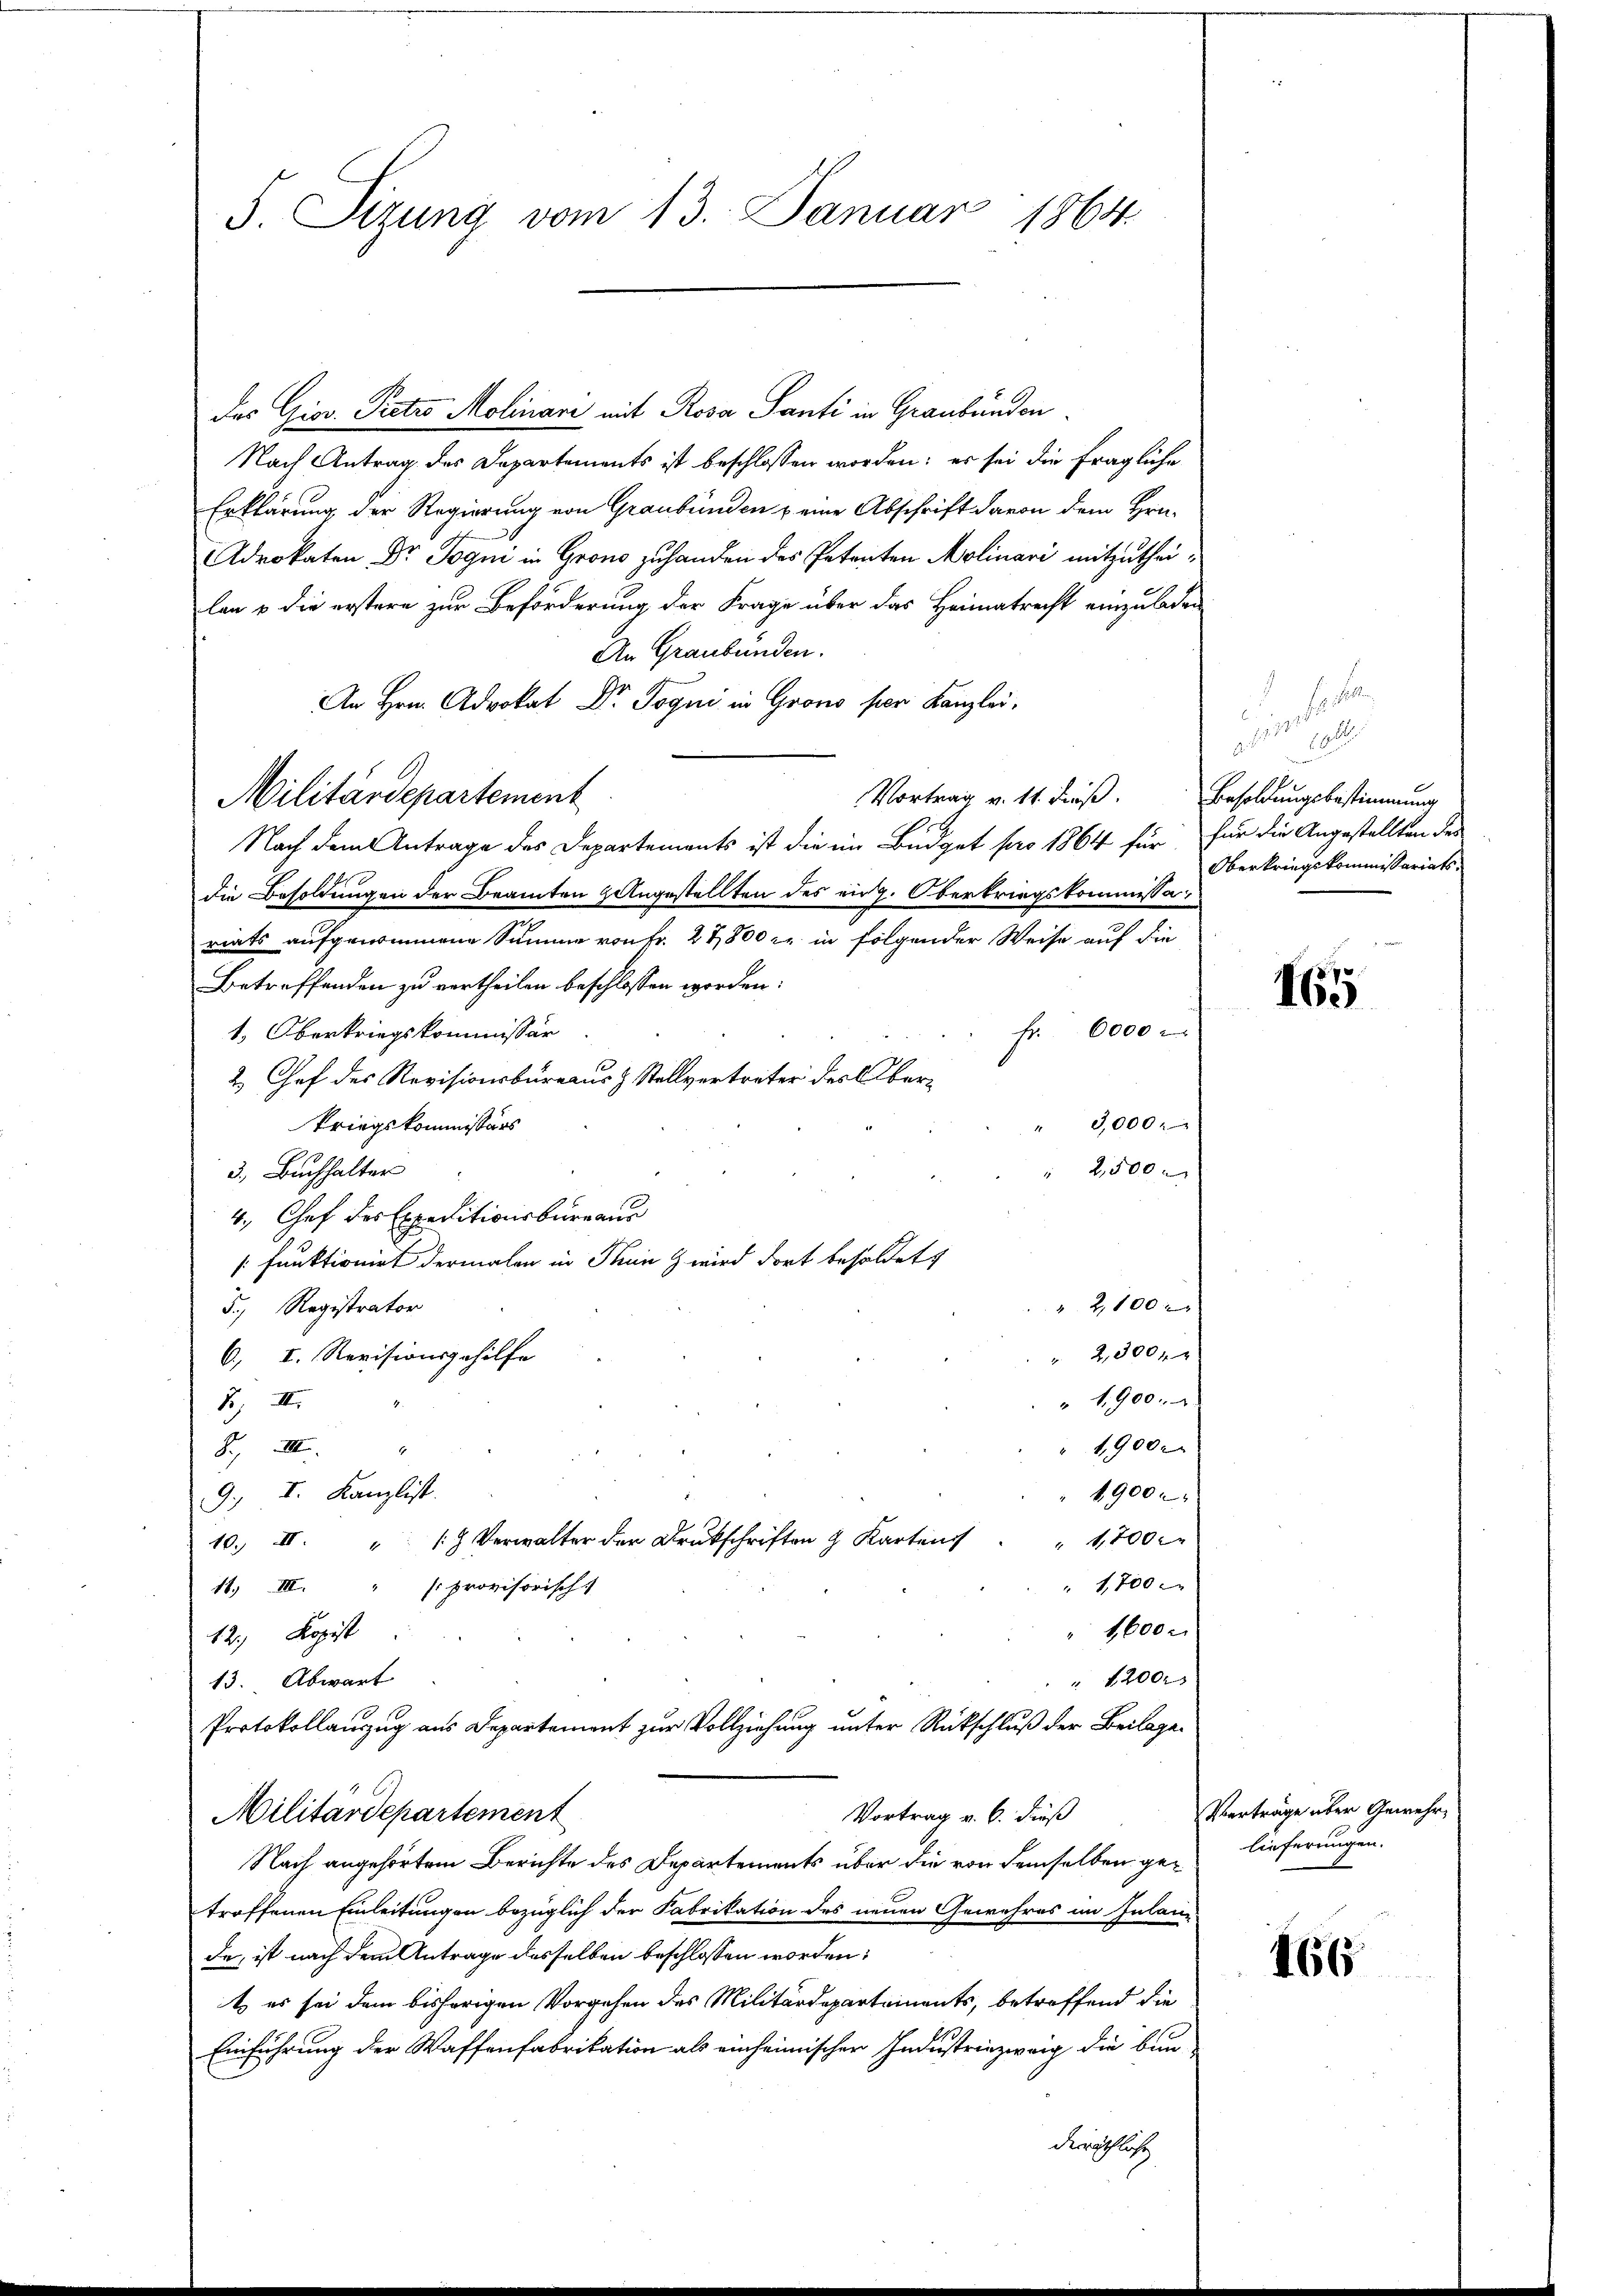
F. Sizung vom 13. Januar 1864

Das Giov. Pretro Molinari mit Rosa Santi in Graubünden
Nach Antrag des Departements ist beschlossen worden; es sei die fragliche
Erklärung der Regierung von Graubünden & eine Abschrift davon dem Hrn.
drokaten Dr. Jogni in Grono zuhanden des Petenten Molinari mitzutheilan & die erstere zur Beförderung der Frage über das Heimatrecht einzuladen
An Graubünden.
An Hrn. Advokat Dr. Joqui in Grono per Kanzlei,
Militärdepartement
Vortrag v. 14. dieß. Besoldungsbestimmung
Nach dem Antrage des Departements ist die im Büdget pro 1864 für für die Angestellten des
die Besoldungen der Beamten angestellten des eidg. Oberkriegskommissariats aufgenommene Summe von Fr. 27,800 c. in folgender Weise auf die
Betreffenden zu vertheilen beschlossen worden.
1. Oberkriegskommissär
Fr. 6000 x
2. Chef des Revisionsbüreaus & Stellvertreter des Ober¬
3,000
kriegskommissärs
" 2,500
3, Buchhalter
4. Chef des Expeditionsbureaus
funktionirt dermalen in Thun wird dort besoldet
" 2,100
5., Registrator
2,300xx
6., I. Revisionsgehilfe
" 1900.
J) III.
1,9000
B III
1900
9. I. Kanzlist.
 1,700
10. II. "   Verwalter der Drukschriften & Kartens
" 1,700.
16) III. "  provisorisch-
1600.
12.) Kopist
 1200 x
13. Abwart
Protokollauszug aus Departement zur Vollziehung unter Rückschluß der Beilage¬
Vortrag v. 6. dieß
Militärdepartement
Nach angehörtem Berichte des Departements über die von demselben getroffenen Einleitungen bezüglich der Fabrikation des neuen Gewehres im Inlan-
de, ist nach dem Antrage desselben beschlossen worden:
t es sei dem bisherigen Vorgehen des Militärdepartements, betreffend die
Einführung der Waffenfabrikation als einheimischer Industriezweig die bun
Kreyschlus

Fr.
2
59
d
Oberkriegskommissariats¬

165

Verträge über Gewehrlieferungen.

466